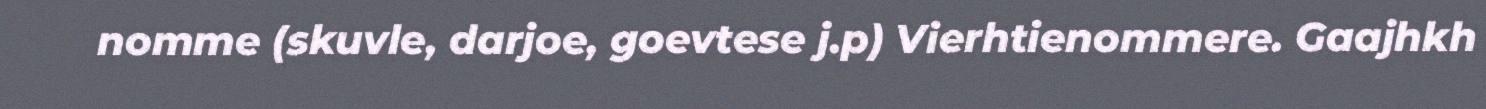
nomme (skuvle, darjoe, goevtese j.p) Vierhtienommere. Gaajhkh